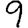
Digit: 9